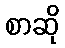
စာဆို